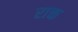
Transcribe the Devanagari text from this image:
राक्त